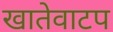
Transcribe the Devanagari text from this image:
खातेवाटप